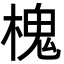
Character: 槐